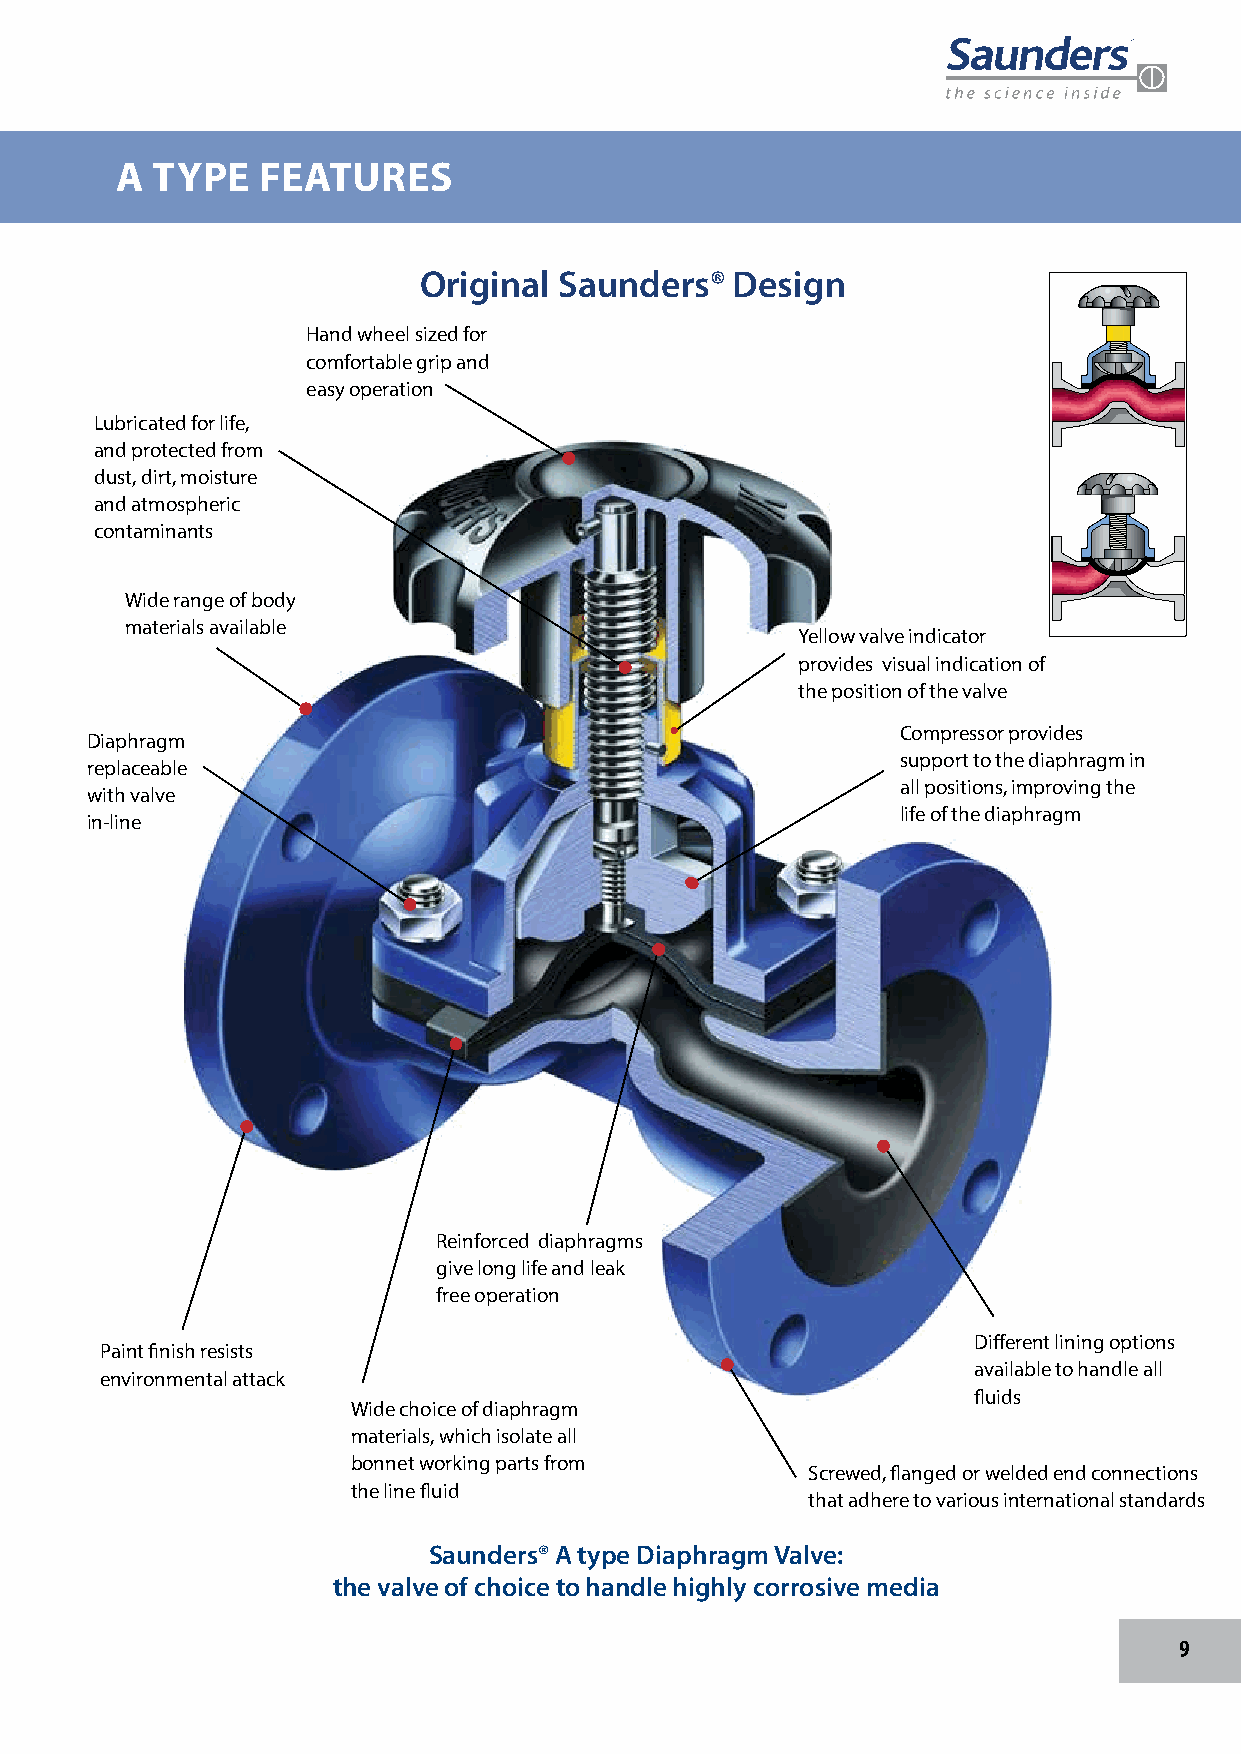
A TYPE   FEATURES
 Original Saunders®   Design
 Hand wheel sized for
 comfortable grip and
 easy operation
 Lubricated for life,
 and protected from
 dust, dirt, moisture
 and atmospheric
 contaminants
 Wide range of body
 materials available
 Yellow valve indicator
 provides visual indication of
 the position of the valve
 Compressor provides
 Diaphragm
 support to the diaphragm in
 replaceable
 all positions, improving the
 with valve
 life of the diaphragm
 in-line
 Reinforced diaphragms
 give long life and leak
 free operation
 Different lining options
 Paint finish resists
 available to handle all
 environmental attack
 fluids
 Wide choice of diaphragm
 materials, which isolate all
 bonnet working parts from
 Screwed, flanged or welded end connections
 the line fluid
 that adhere to various international standards
 Saunders® A type Diaphragm Valve:
 the valve of choice to handle highly corrosive media
 9